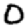
Digit: 0